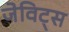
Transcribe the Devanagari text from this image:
जेविट्स